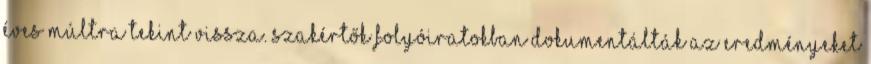
éves múltra tekint vissza. Szakértők folyóiratokban dokumentálták az eredményeket